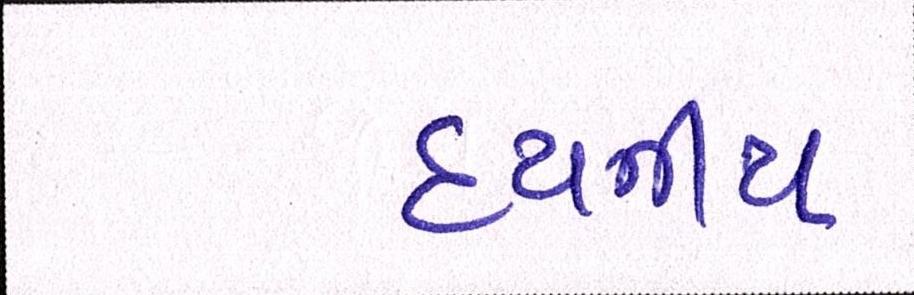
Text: દયનીય